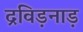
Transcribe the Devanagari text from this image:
द्रविड़नाड़